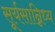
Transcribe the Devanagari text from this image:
सूर्यसान्निध्य